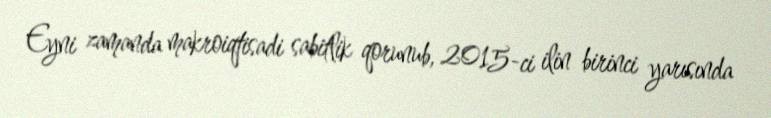
Eyni zamanda makroiqtisadi sabitlik qorunub, 2015-ci ilin birinci yarısında